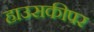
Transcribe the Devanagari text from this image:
हाउसकीपर